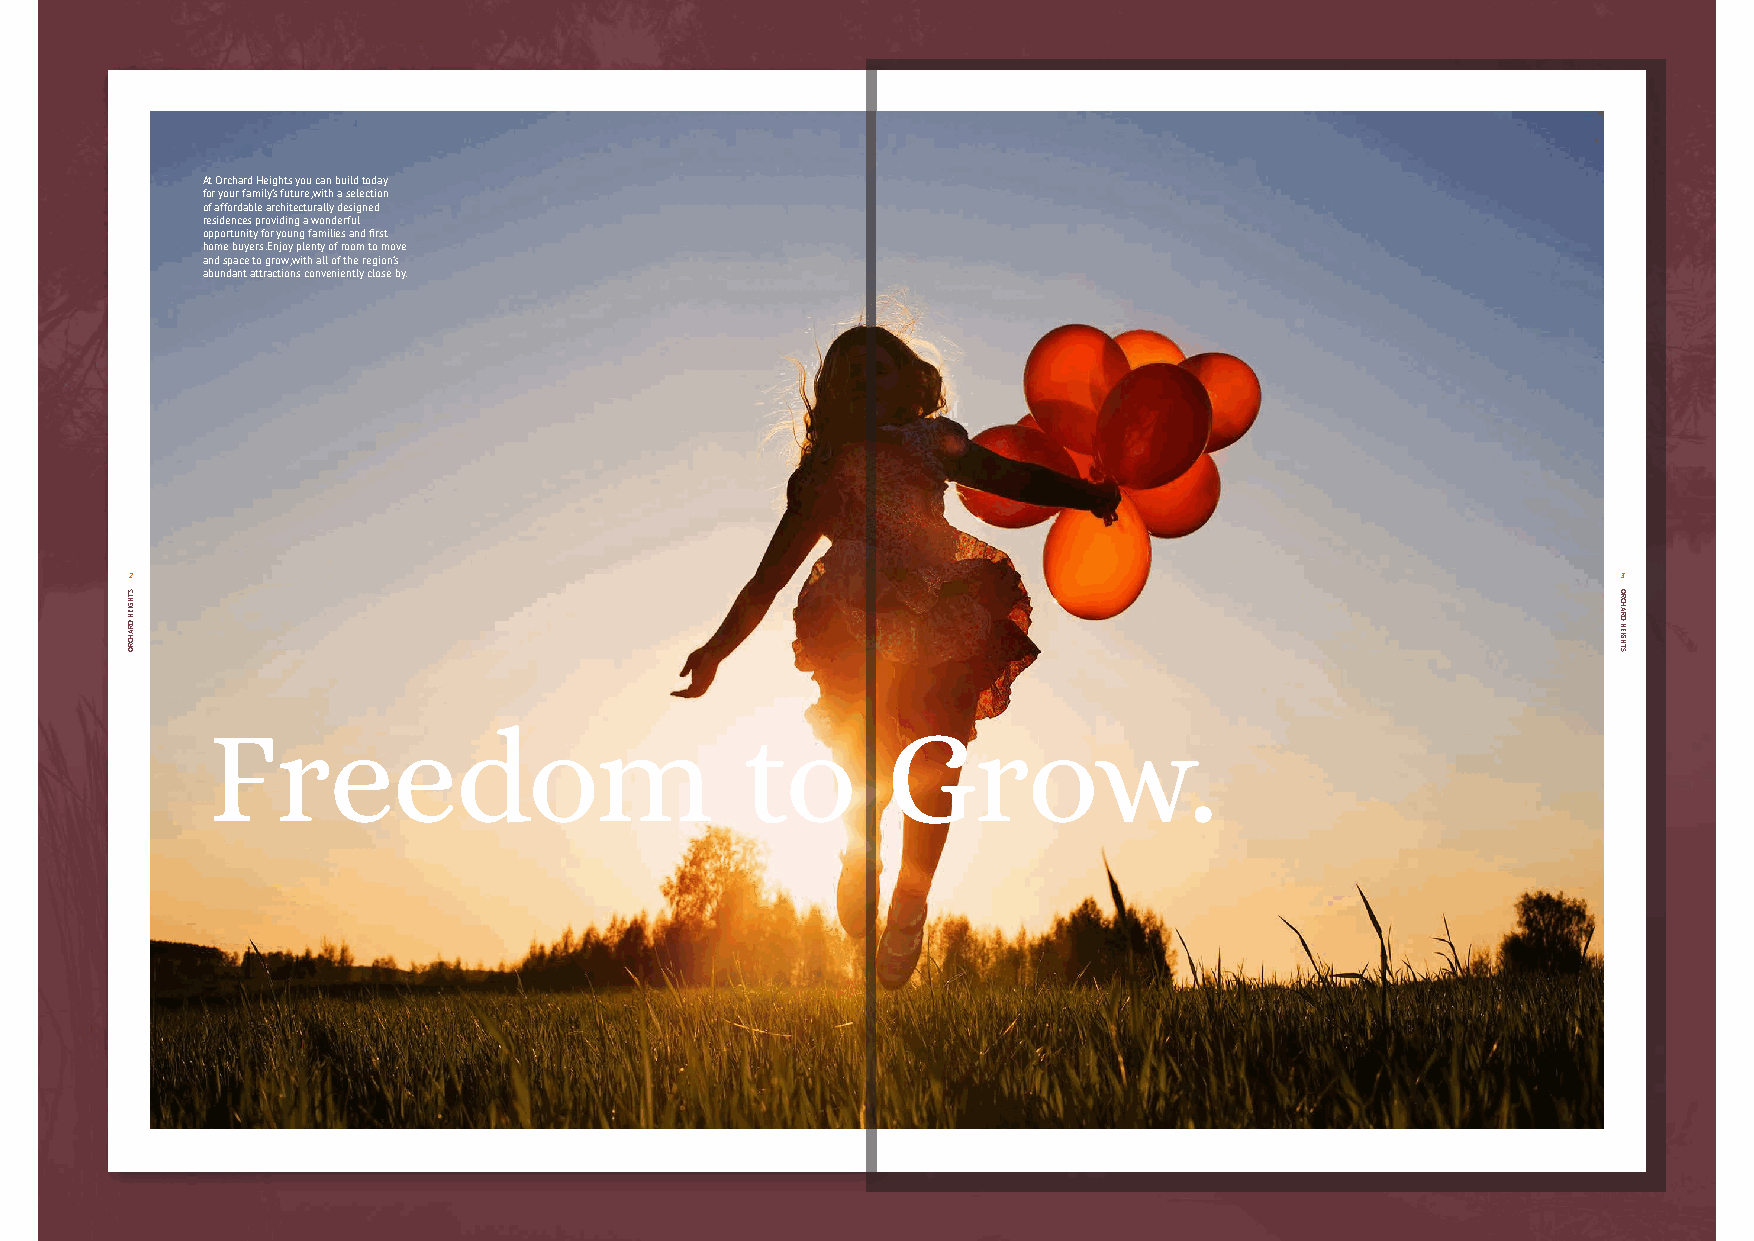
At Orchard Heights you can build today
 for your family’s future, with a selection
 of affordable architecturally designed
 residences providing a wonderful
 opportunity for young families and fi rst
 home buyers. Enjoy plenty of room to move
 and space to grow, with all of the region’s
 abundant attractions conveniently close by.
 2                                                                                                 3
 FFrreeeeddoomm                     ttoo      GGrrooww..
 STHGIEH
 DRAHCRO
 ORCHARD
 HEIGHTS